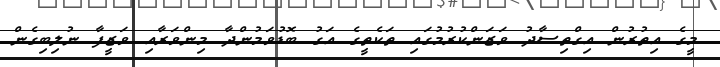
މީގެ އިތުރުން އިގްތިސާދު ވަޒަންކުރުމުގައި ތަކެތީގެ އަގު ބޮޑުވަމުންދާ މިންވަރާއި ވަޒީފާ ނުލިބިގެން